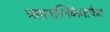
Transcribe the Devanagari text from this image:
महापालिकेमार्फत